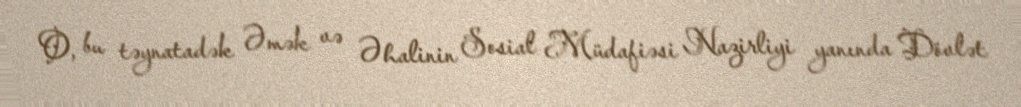
O, bu təynatadək Əmək və Əhalinin Sosial Müdafiəsi Nazirliyi yanında Dövlət